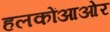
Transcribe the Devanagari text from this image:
हलकोंआओर